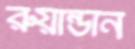
রুয়ান্ডান